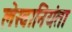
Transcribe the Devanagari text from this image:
लेखानियंता